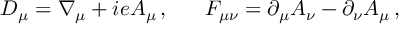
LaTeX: D _ { \mu } = \nabla _ { \mu } + i e A _ { \mu } \, , \, \, \, \, \, \, \, \, \, \, F _ { \mu \nu } = \partial _ { \mu } A _ { \nu } - \partial _ { \nu } A _ { \mu } \, ,